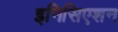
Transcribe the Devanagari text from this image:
इनिसिएशन